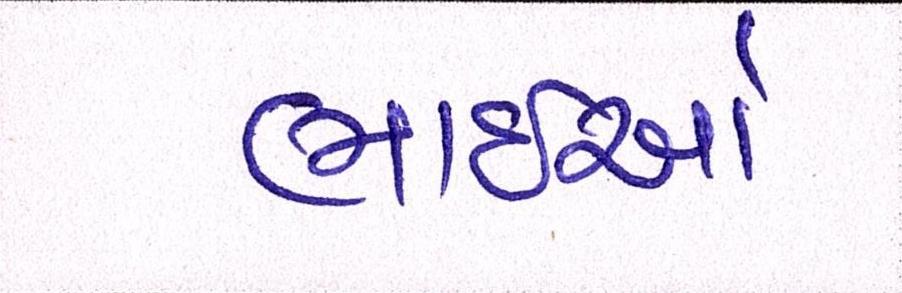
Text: ભાઈઓ